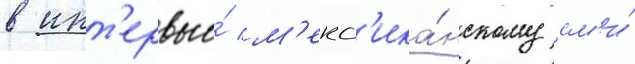
в инт'ервью́ м'екс'ика́нскому см'и́